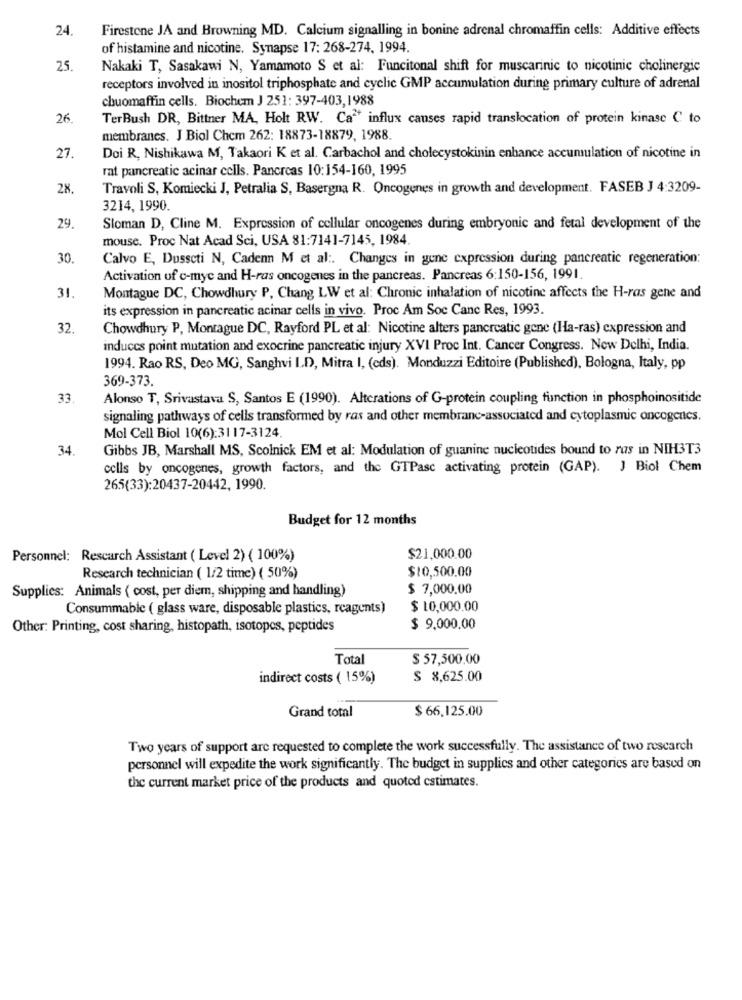
24
Firestone JA and Browning MD. Calcium signalling in bonine adrenal chromaffin cells: Additive effects
of histamine and nicotine. Synapse 17: 268-274, 1994.
25.
Nakaki T, Sasakawi N, Yamamoto S et al: Funcitonal shift for muscarinic to nicotinic cholinergic
receptors involved in inositol triphosphate and cyclic GMP accumulation during primary culture of adrenal
chuomaffin cells. Biochem J 251: 397-403,1988
26
TerBush DR, Bittner MA, Holt RW. Ca" influx causes rapid translocation of protein kinase C to
membranes. J Biol Chem 262: 18873-18879, 1988.
27.
Doi R, Nishikawa M, Takaori K et al. Carbachol and cholecystokinin enhance accumulation of nicotine in
rat pancreatic acinar cells. Pancreas 10:154-160, 1995
28
Travoli S, Komiecki J, Petralia S, Basergna R. Oncogenes in growth and development. FASEB J 4:3209-
3214, 1990.
29
Sloman D, Cline M. Expression of cellular oncogenes during embryonic and fetal development of the
mouse. Proc Nat Acad Sci, USA 81:7141-7145, 1984.
30.
Calvo E, Dusscti N, Cadenn M et al :. Changes in gene expression during pancreatic regeneration:
Activation of c-mye and H-ras oncogenes in the pancreas. Pancreas 6:150-156, 1991.
31
Montague DC, Chowdhury P, Chang LW et al: Chronic inhalation of nicotine affects the H-ras gene and
its expression in pancreatic acinar cells in vivo. Proc Am Soc Canc Res, 1993.
32
Chowdhury P, Montague DC, Rayford PL et al: Nicotine alters pancreatic gone (Ha-ras) expression and
induces point mutation and exocrine pancreatic injury XVI Proc Int. Cancer Congress. New Delhi, India.
1994. Rao RS, Deo MG, Sanghvi ID, Mitra I, (cds). Monduzzi Editoire (Published), Bologna, Italy, pp
369-373.
33
Alonso T, Srivastava S, Santos E (1990). Alterations of G-protein coupling function in phosphoinositide
signaling pathways of cells transformed by ras and other membrane-associated and cytoplasmic oncogenes.
Mol Cell Biol 10(6):3117-3124.
34.
Gibbs JB, Marshall MS, Scolnick EM et al: Modulation of guanine nucleotides bound to ras in NIH3T3
cells by oncogenes, growth factors, and the GTPasc activating protein (GAP). J Biol Chem
265(33):20437-20442, 1990.
Budget for 12 months
Personnel: Rescarch Assistant ( Level 2) ( 100%)
$21,000.00
$10,500.00
Research technician ( 1/2 time) ( 50%)
Supplies: Animals ( cost, per diem, shipping and handling)
$ 7,000.00
Consummable ( glass ware, disposable plastics, reagents)
$ 10,000.00
Other: Printing, cost sharing, histopath, isotopes, peptides
$ 9,000.00
Total
$ 57,500,00
indirect costs ( 15%)
$ 8,625.00
Grand total
$ 66,125.00
Two years of support are requested to complete the work successfully. The assistance of two rescarch
personnel will expedite the work significantly. The budget in supplies and other categories are based on
the current market price of the products and quoted estimates.